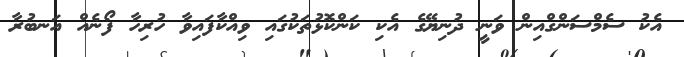
އެކު ސެމްސަންގްއިން ވަނީ ދުނިޔޭގެ އެކި ކަންކޮޅުތަކުގައި ވިއްކާފައިވާ ހުރިހާ ފޯނެއް އަނބުރާ